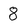
Character: 8